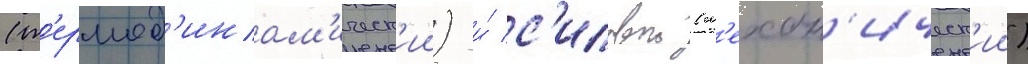
(т'ермод'инам'ическ'ии) и́ с'иловои (м'ехан'ическ'ии)